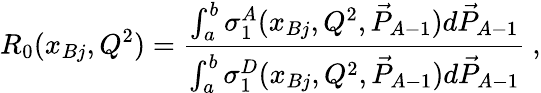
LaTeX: R_{0}(x_{Bj},Q^{2})={\frac{\int_{a}^{b}\sigma_{1}^{A}(x_{Bj},Q^{2},\vec{P}_{A-1})d\vec{P}_{A-1}}{\int_{a}^{b}\sigma_{1}^{D}(x_{Bj},Q^{2},\vec{P}_{A-1})d\vec{P}_{A-1}}}~,